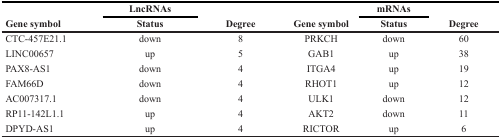
<table><thead><tr><td rowspan="2"><b>Gene symbol</b></td><td><b>LncRNAs</b></td><td rowspan="2"><b>Degree</b></td><td rowspan="2"><b>Gene symbol</b></td><td><b>mRNAs</b></td><td rowspan="2"><b>Degree</b></td></tr><tr><td><b>Status</b></td><td><b>Status</b></td></tr></thead><tbody><tr><td>CTC-457E21.1</td><td>down</td><td>8</td><td>PRKCH</td><td>down</td><td>60</td></tr><tr><td>LINC00657</td><td>up</td><td>5</td><td>GAB1</td><td>up</td><td>38</td></tr><tr><td>PAX8-AS1</td><td>down</td><td>4</td><td>ITGA4</td><td>up</td><td>19</td></tr><tr><td>FAM66D</td><td>down</td><td>4</td><td>RHOT1</td><td>up</td><td>12</td></tr><tr><td>AC007317.1</td><td>down</td><td>4</td><td>ULK1</td><td>down</td><td>12</td></tr><tr><td>RP11-142L1.1</td><td>up</td><td>4</td><td>AKT2</td><td>down</td><td>11</td></tr><tr><td>DPYD-AS1</td><td>up</td><td>4</td><td>RICTOR</td><td>up</td><td>6</td></tr></tbody></table>